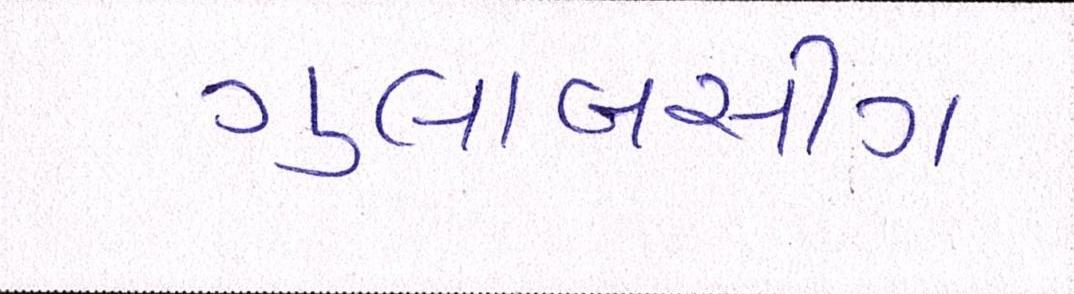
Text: ગુલાબસીંગ